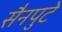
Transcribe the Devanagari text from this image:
सैनपुटे